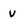
Character: v